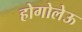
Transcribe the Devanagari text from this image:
होगोलेऊ